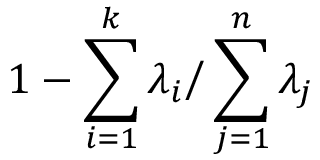
1 - \sum _ { i = 1 } ^ { k } \lambda _ { i } { \Big / } \sum _ { j = 1 } ^ { n } \lambda _ { j }